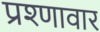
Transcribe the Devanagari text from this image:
प्रश्णावार